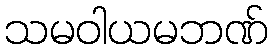
သမဝါယမဘဏ်